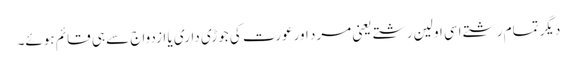
دیگر تمام رشتے اسی اولین رشتے یعنی مرد اورعورت کی جوڑی داری یا ازدواج سے ہی قائم ہوئے۔